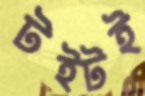
টইটই